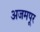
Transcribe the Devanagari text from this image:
अजमपूर